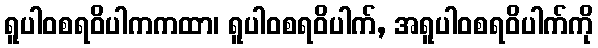
ရူပါဝစရဝိပါကကထာ၊ ရူပါဝစရဝိပါက်, အရူပါဝစရဝိပါက်ကို